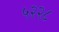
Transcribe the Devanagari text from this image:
५२२८